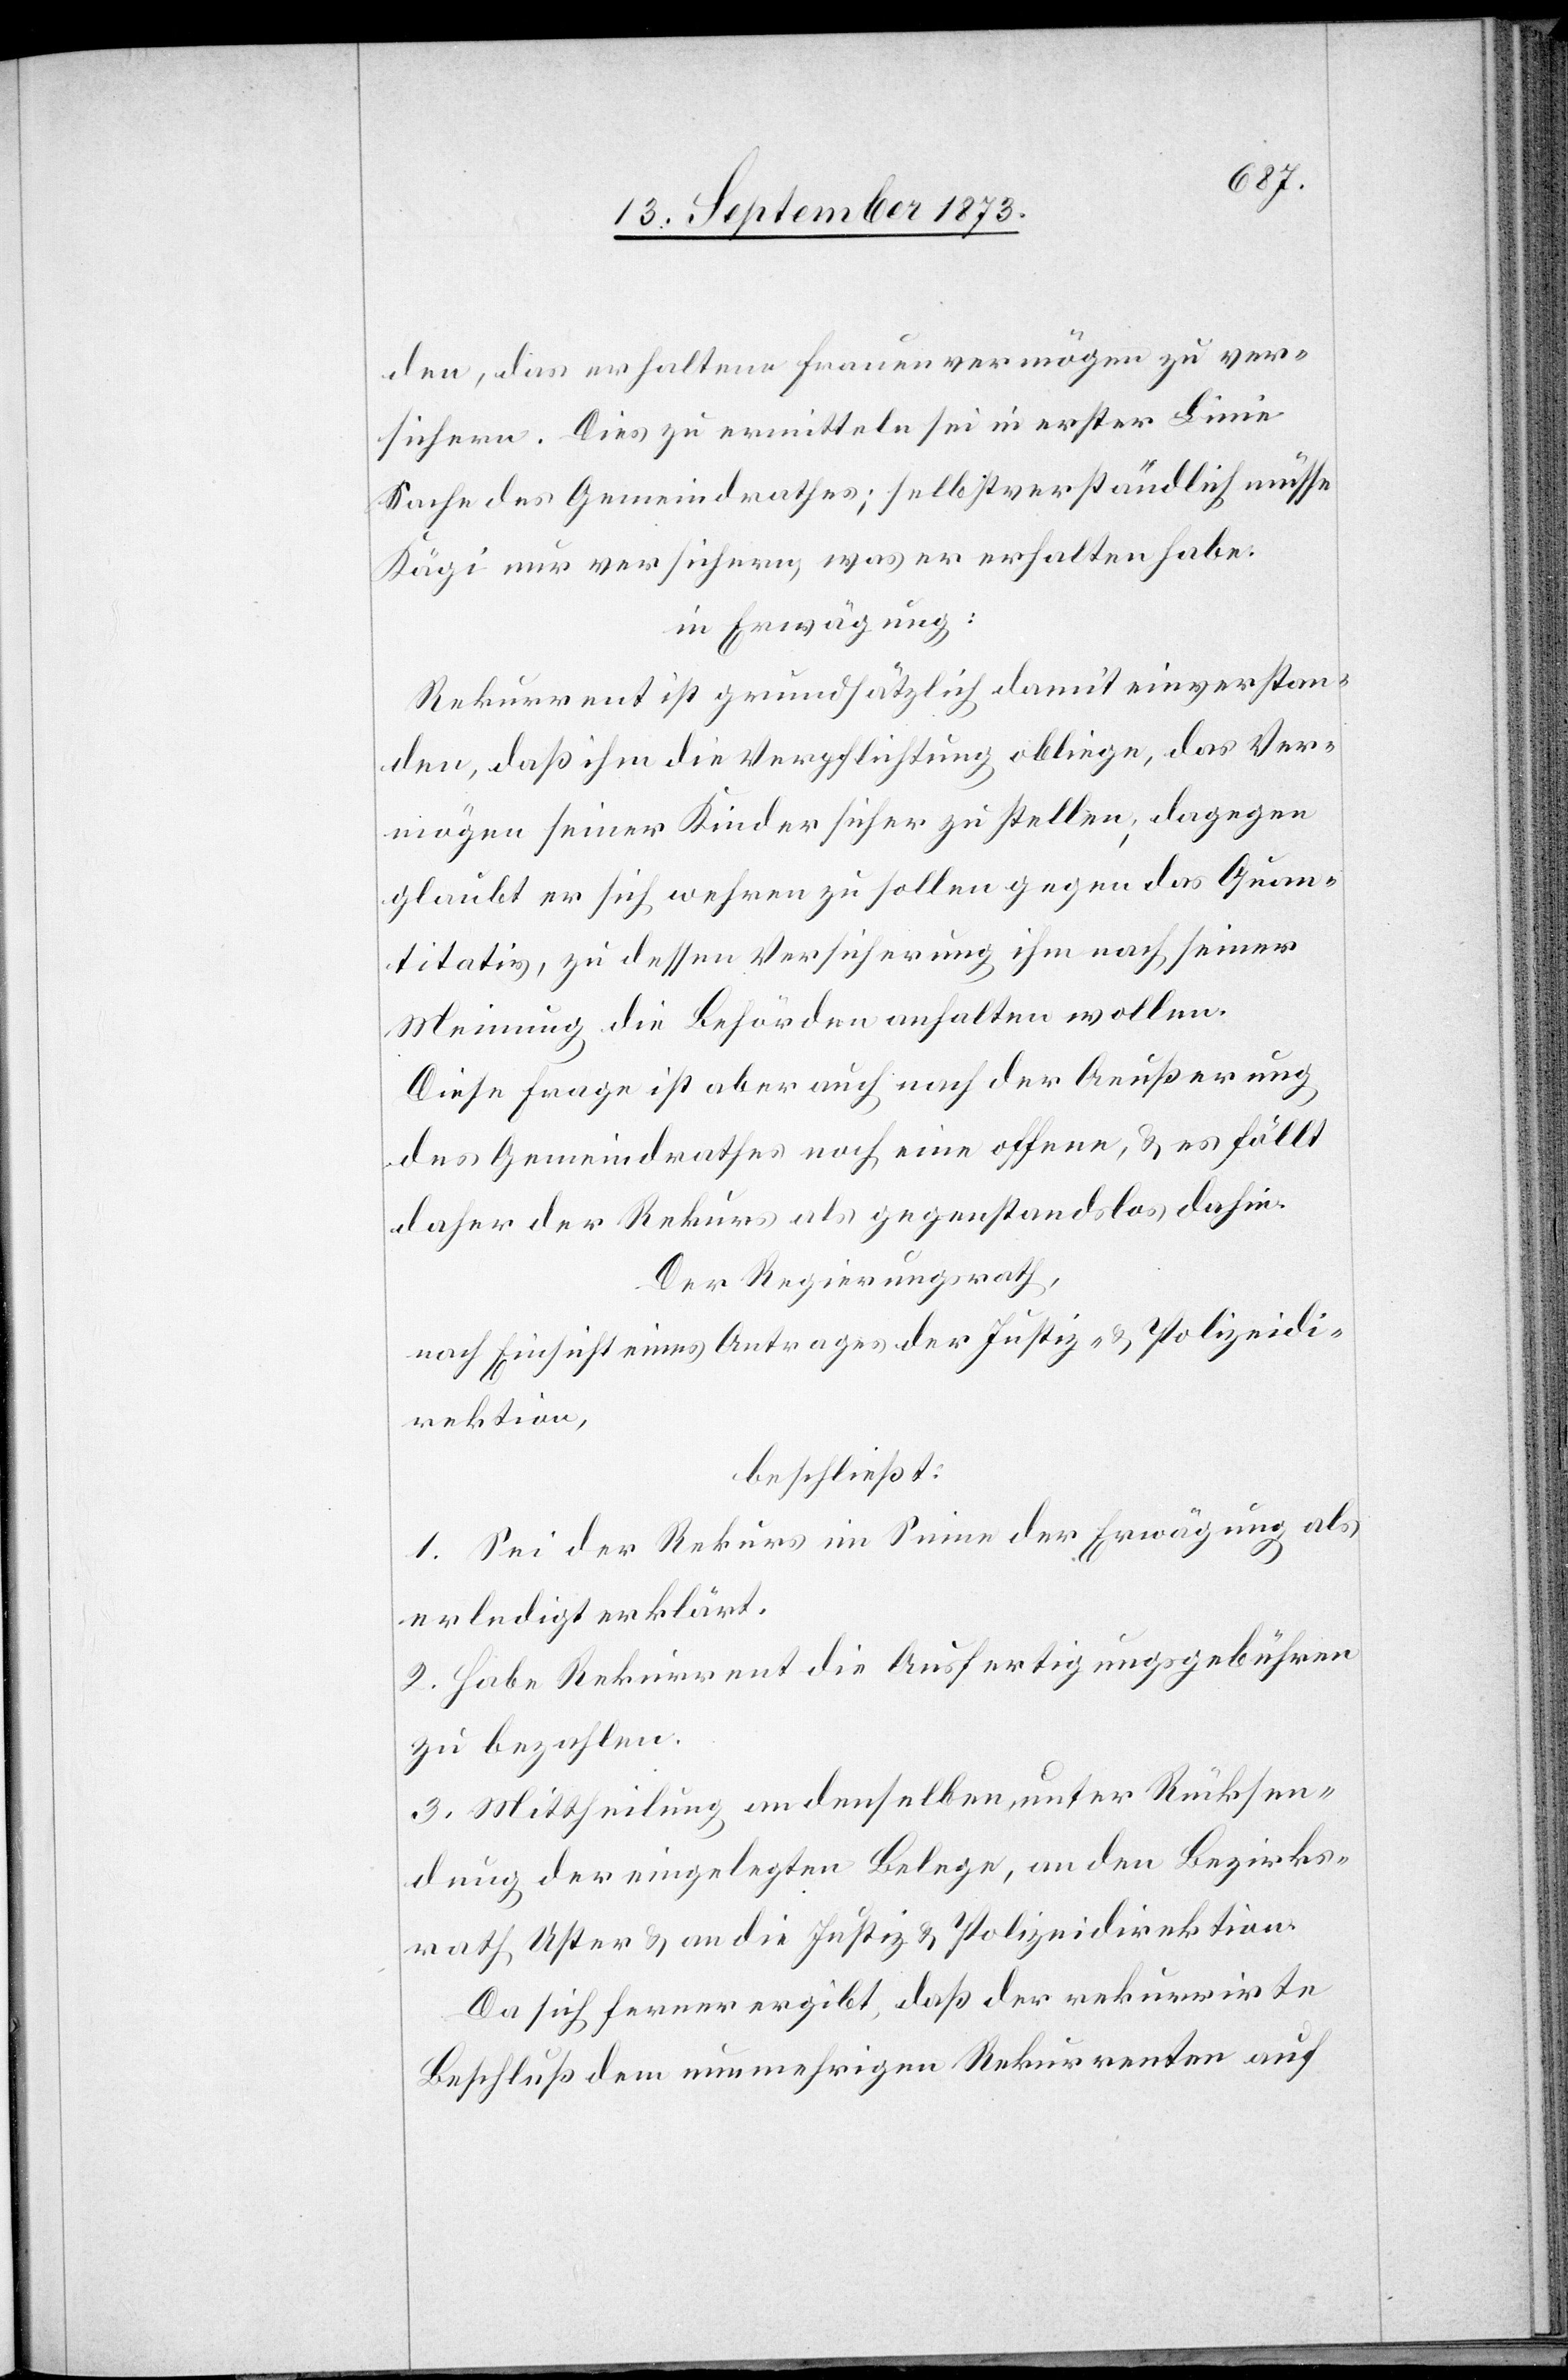
den, das erhaltene Frauenvermögen zu ver¬
sichern. Dies zu ermitteln sei in erster Linie
Sache des Gemeindrathes; selbstverständlich müsse
Kägi nur versichern, was er erhalten habe.
in Erwägung:
Rekurrent ist grundsätzlich damit einverstan¬
den, daß ihm die Verpflichtung obliege, das Ver¬
mögen seiner Kinder sicher zu stellen; dagegen
glaubt er sich wehren zu sollen gegen das Quan¬
titativ, zu dessen Versicherung ihm [sic!] nach seiner
Meinung die Behörden anhalten wollen.
Diese Frage ist aber auch nach der Aeußerung
des Gemeindrathes noch eine offene, & es fällt
daher der Rekurs als gegenstandslos dahin.
Der Regierungsrath,
nach Einsicht eines Antrages der Justiz- & Polizeidi¬
rektion,
beschließt:
1. Sei der Rekurs im Sinne der Erwägung als
erledigt erklärt.
2. Habe Rekurrent die Ausfertigungsgebühren
zu bezahlen.
3. Mittheilung an denselben, unter Rücksen¬
dung der eingelegten Belege, an den Bezirks¬
rath Uster & an die Justiz- & Polizeidirektion.
Da sich ferner ergibt, daß der rekurrirte
Beschluß dem nunmehrigen Rekurrenten auf